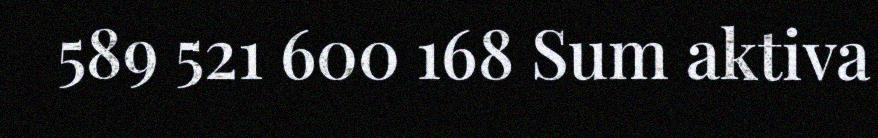
589 521 600 168 Sum aktiva